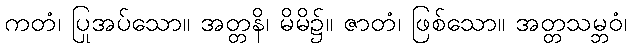
ကတံ၊ ပြုအပ်သော။ အတ္တနိ၊ မိမိ၌။ ဇာတံ၊ ဖြစ်သော။ အတ္တသမ္ဘဝံ၊